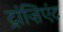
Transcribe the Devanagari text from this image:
ट्रांज़िएंट